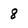
Character: 8